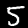
Label: 5